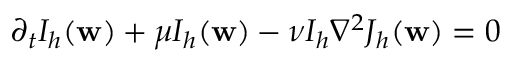
\partial _ { t } I _ { h } ( \mathbf { w } ) + \mu I _ { h } ( \mathbf { w } ) - \nu I _ { h } \nabla ^ { 2 } J _ { h } ( \mathbf { w } ) = 0